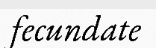
fecundate